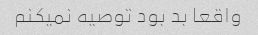
واقعا بد بود توصیه نمیکنم